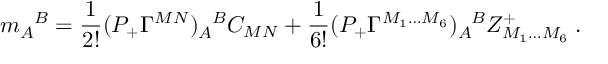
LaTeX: m _ { A } ^ { \phantom { A } B } = \frac { 1 } { 2 ! } ( { \cal P } _ { + } \Gamma ^ { M N } ) _ { A } ^ { \phantom { A } B } C _ { M N } + \frac { 1 } { 6 ! } ( { \cal P } _ { + } \Gamma ^ { M _ { 1 } \ldots M _ { 6 } } ) _ { A } ^ { \phantom { A } B } Z _ { M _ { 1 } \ldots M _ { 6 } } ^ { + } \; .